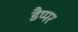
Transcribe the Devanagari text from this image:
डैप्पर